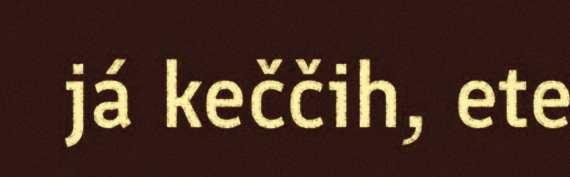
já keččih, ete